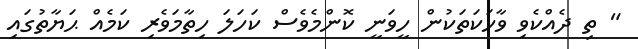
" ތި ދެއްކެވި ވާހަކަތަކުން ހީވަނީ ކޮންމެވެސް ކަހަލަ ހިތާމަވެރި ކަމެއް ޙަޔާތުގައި